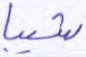
شيبا